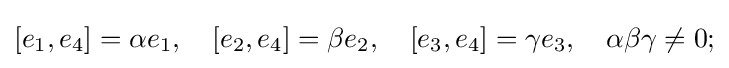
[e_{1},e_{4}]=\alpha e_{1},\quad [e_{2},e_{4}]=\beta e_{2},\quad [e_{3},e_{4}]=\gamma e_{3},\quad \alpha \beta \gamma \neq 0;